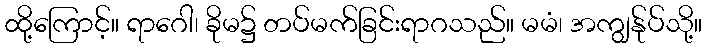
ထို့ကြောင့်။ ရာဂေါ၊ ခိုမ၌ တပ်မက်ခြင်းရာဂသည်။ မမံ၊ အကျွန်ုပ်သို့။